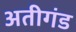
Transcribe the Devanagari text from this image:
अतीगंड